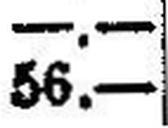
56.—